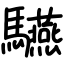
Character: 驠